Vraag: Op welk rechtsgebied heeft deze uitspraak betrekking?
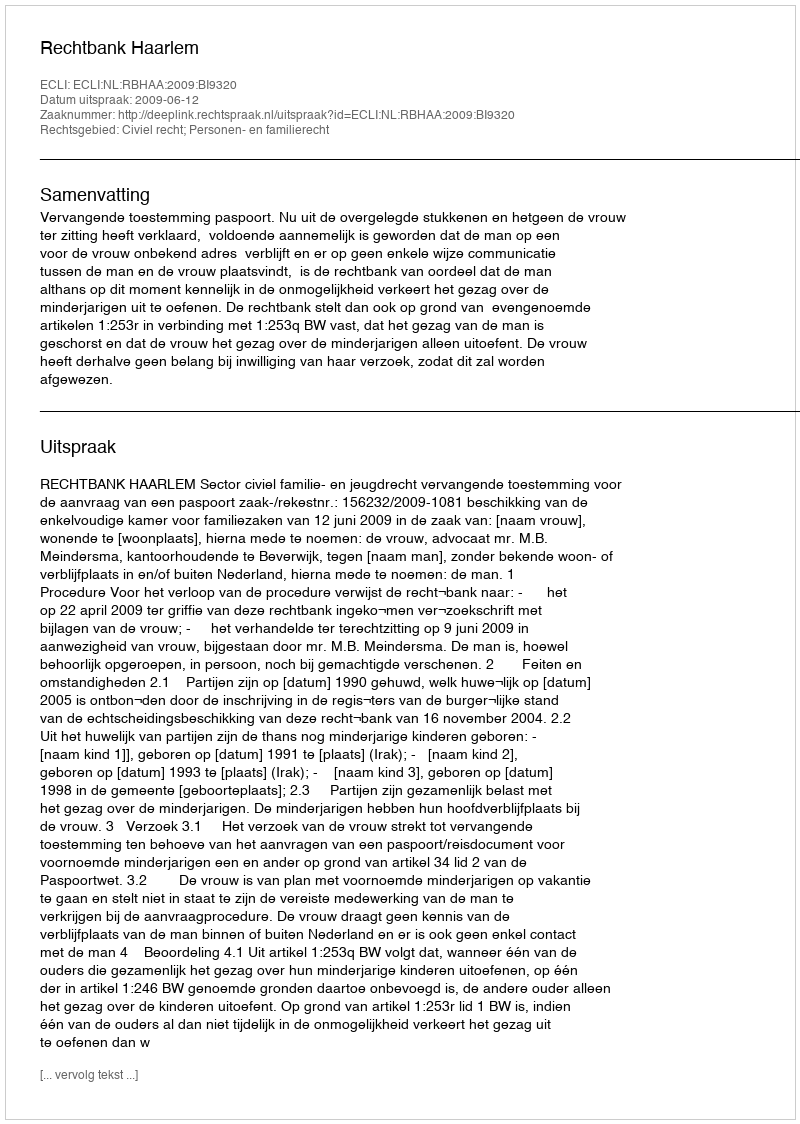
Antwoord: Civiel recht; Personen- en familierecht